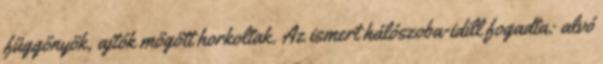
függönyök, ajtók mögött horkoltak. Az ismert hálószoba-idill fogadta: alvó